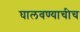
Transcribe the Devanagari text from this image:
घालवण्याचीच